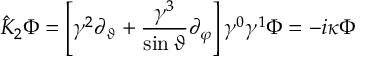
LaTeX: { \hat { K } } _ { 2 } \Phi = \left[ \gamma ^ { 2 } \partial _ { \vartheta } + \frac { \gamma ^ { 3 } } { \sin \vartheta } \partial _ { \varphi } \right] \gamma ^ { 0 } \gamma ^ { 1 } \Phi = - i \kappa \Phi